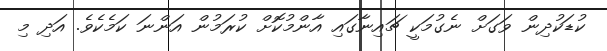
ކުޑަކުދިން ވަގަށް ނެގުމަކީ ޗައިނާގައި އާންމުކޮށް ކުރަމުން އަންނަ ކަމެކެވެ. އަދި މި